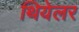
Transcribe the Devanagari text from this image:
थियेलर